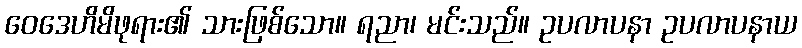
ဝေဒေဟိမိဖုရား၏ သားဖြစ်သော။ ရညာ၊ မင်းသည်။ ဥပလာပနာ ဥပလာပနာယ